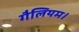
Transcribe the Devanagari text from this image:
गैलियम।